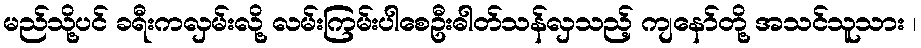
မည်သို့ပင် ခရီးကလှမ်းလို့ လမ်းကြမ်းပါစေဦးဓါတ်သန်လှသည့် ကျနော်တို့ အသင်သူသား ၊